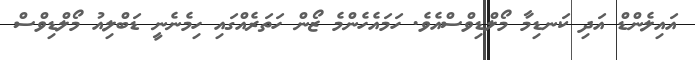
އައިލެންޑް އަދި ކަނޑިމާ މޯލްޑިވްސްއެވެ. ހަމައެހެންމެ ޒޯން ހަތަރެއްގައި ހިމެނެނީ ޑަބްލިއު މޯލްޑިވްސް